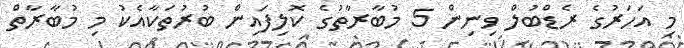
މި އަހަރުގެ ރެޑްބުލް ވިނިން 5 މުބާރާތުގެ ކޮލިފައިން ބުރުތަކާއެކު މި މުބާރާތް